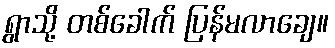
ရွာသို့ တစ်ခေါက် ပြန်မလာချေ။